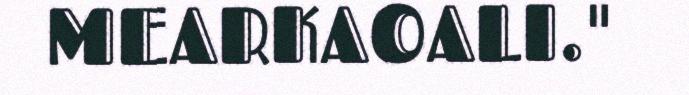
MEARKAOALI."